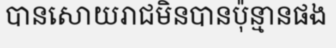
បានសោយរាជមិនបានប៉ុន្មានផង